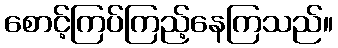
စောင့်ကြပ်ကြည့်နေကြသည်။